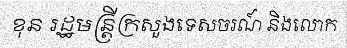
ខុន រដ្ឋមន្ត្រីក្រសួងទេសចរណ៍ និងលោក